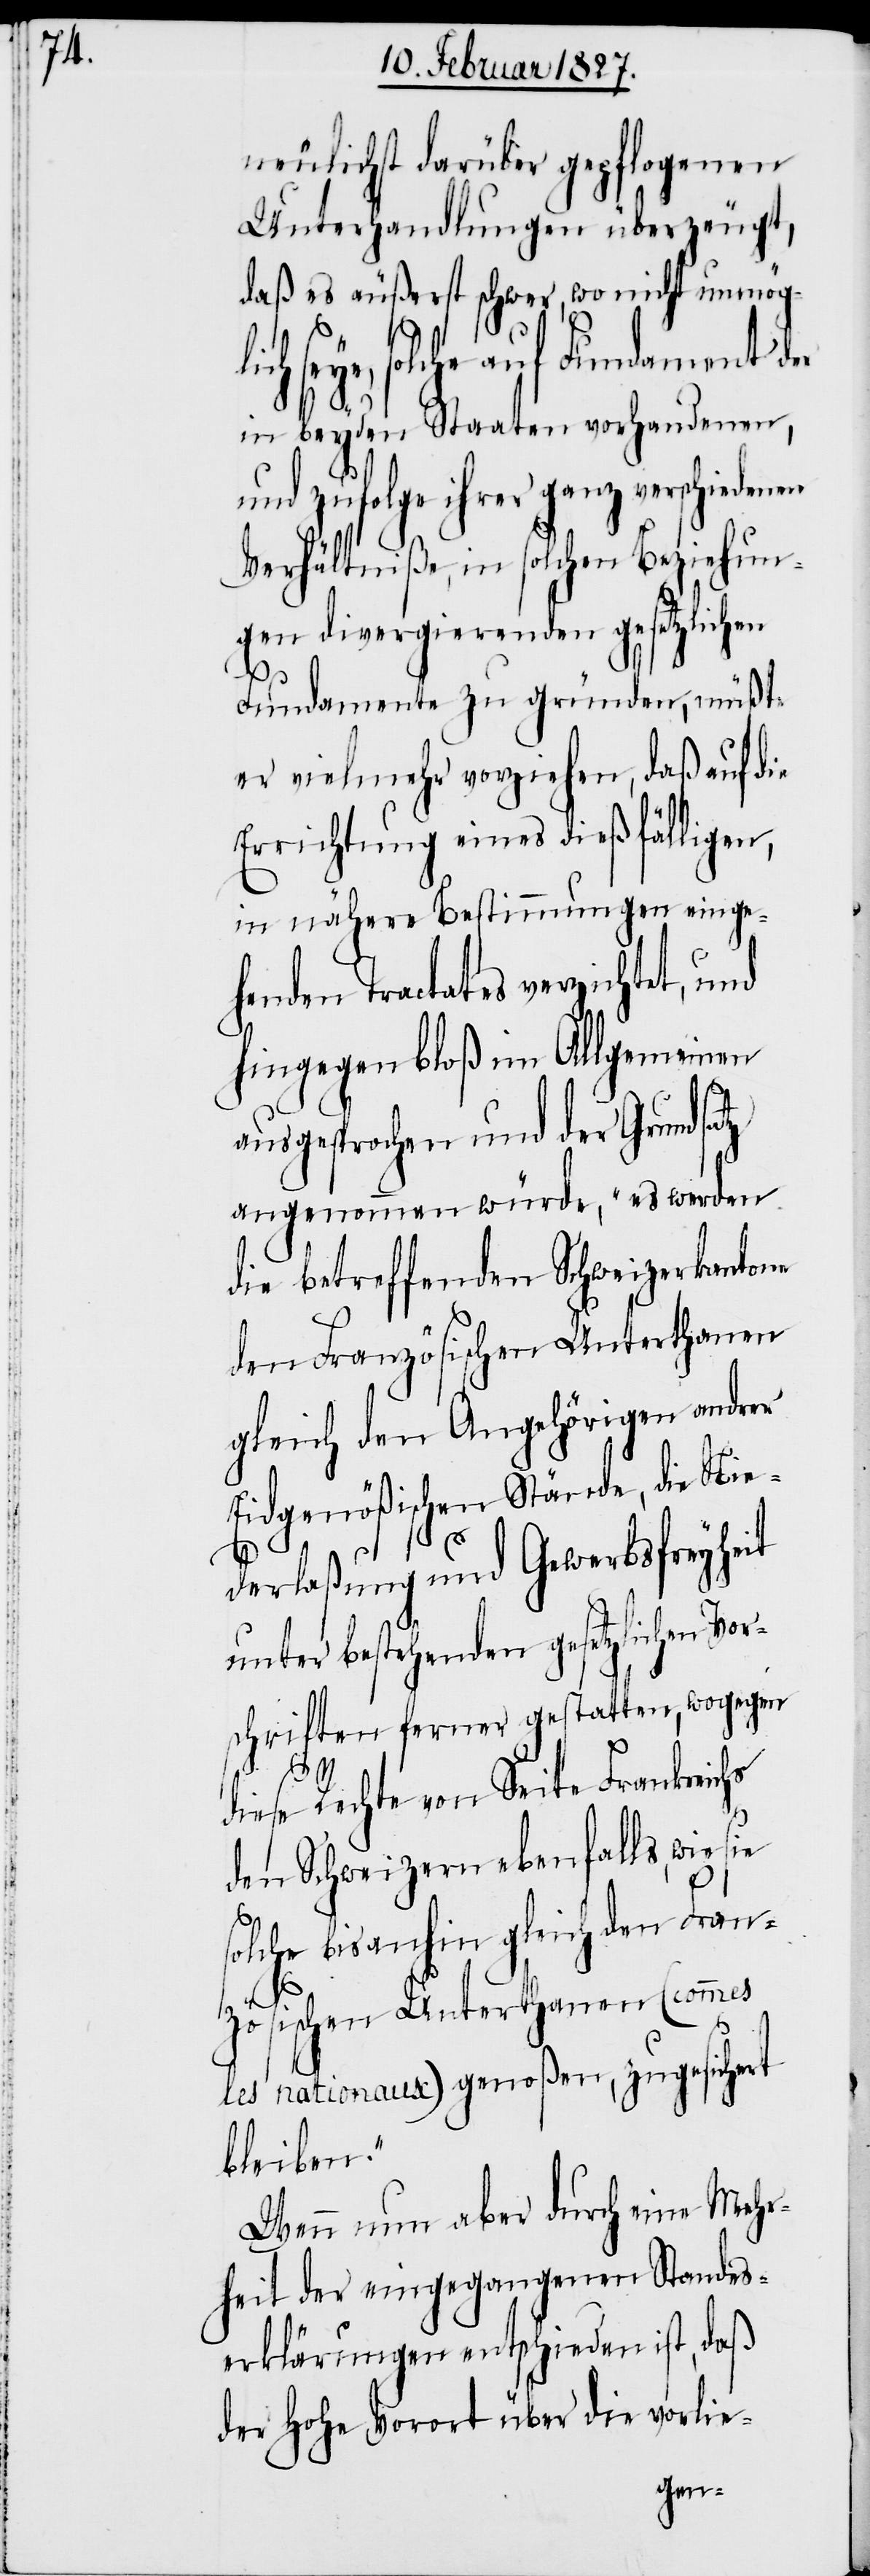
neulichst darüber gepflogenen
Unterhandlungen überzeugt,
daß es äußerst schwer, wo nicht unmöglich
seye, solche auf Fundament der
in beyden Staaten vorhandenen,
und zufolge ihrer ganz verschiedenen
Verhältniße, in solchen Beziehun¬
gen divergierenden gesetzlichen
Fundamente zu gründen, müßte
er vielmehr vorziehen, daß auf die
Errichtung eines dießfälligen,
in nähere Bestimmungen einge¬
henden Tractates verzichtet, und
hingegen bloß im Allgemeinen
ausgesprochen würde, „es
die betreffenden Schweizerkantone
den Französischen Unterthanen
gleich den Angehörigen andrer
Eidgenößischen Stände, die Nie¬
derlaßung und Gewerbsfreyheit
unter bestehenden gesetzlichen Vor¬
schriften ferner gestatten, wogegen
diese Rechte von Seite Frankreichs
den Schweizer ebenfalls, wie
solche bis anhin gleich den Fran¬
zösischen Unterthanen (commes
les nationaux) genoßen, zugesichert
bleiben.“
Wenn nun aber durch eine Mehr¬
heit der eingegangenen Standes¬
erklärungen entschieden ist, daß
der Hohe Vorort über die vorlie-